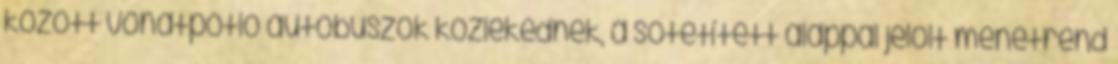
között vonatpótló autóbuszok közlekednek, a sötétített alappal jelölt menetrend